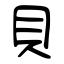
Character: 貝